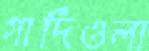
গার্দিওলা